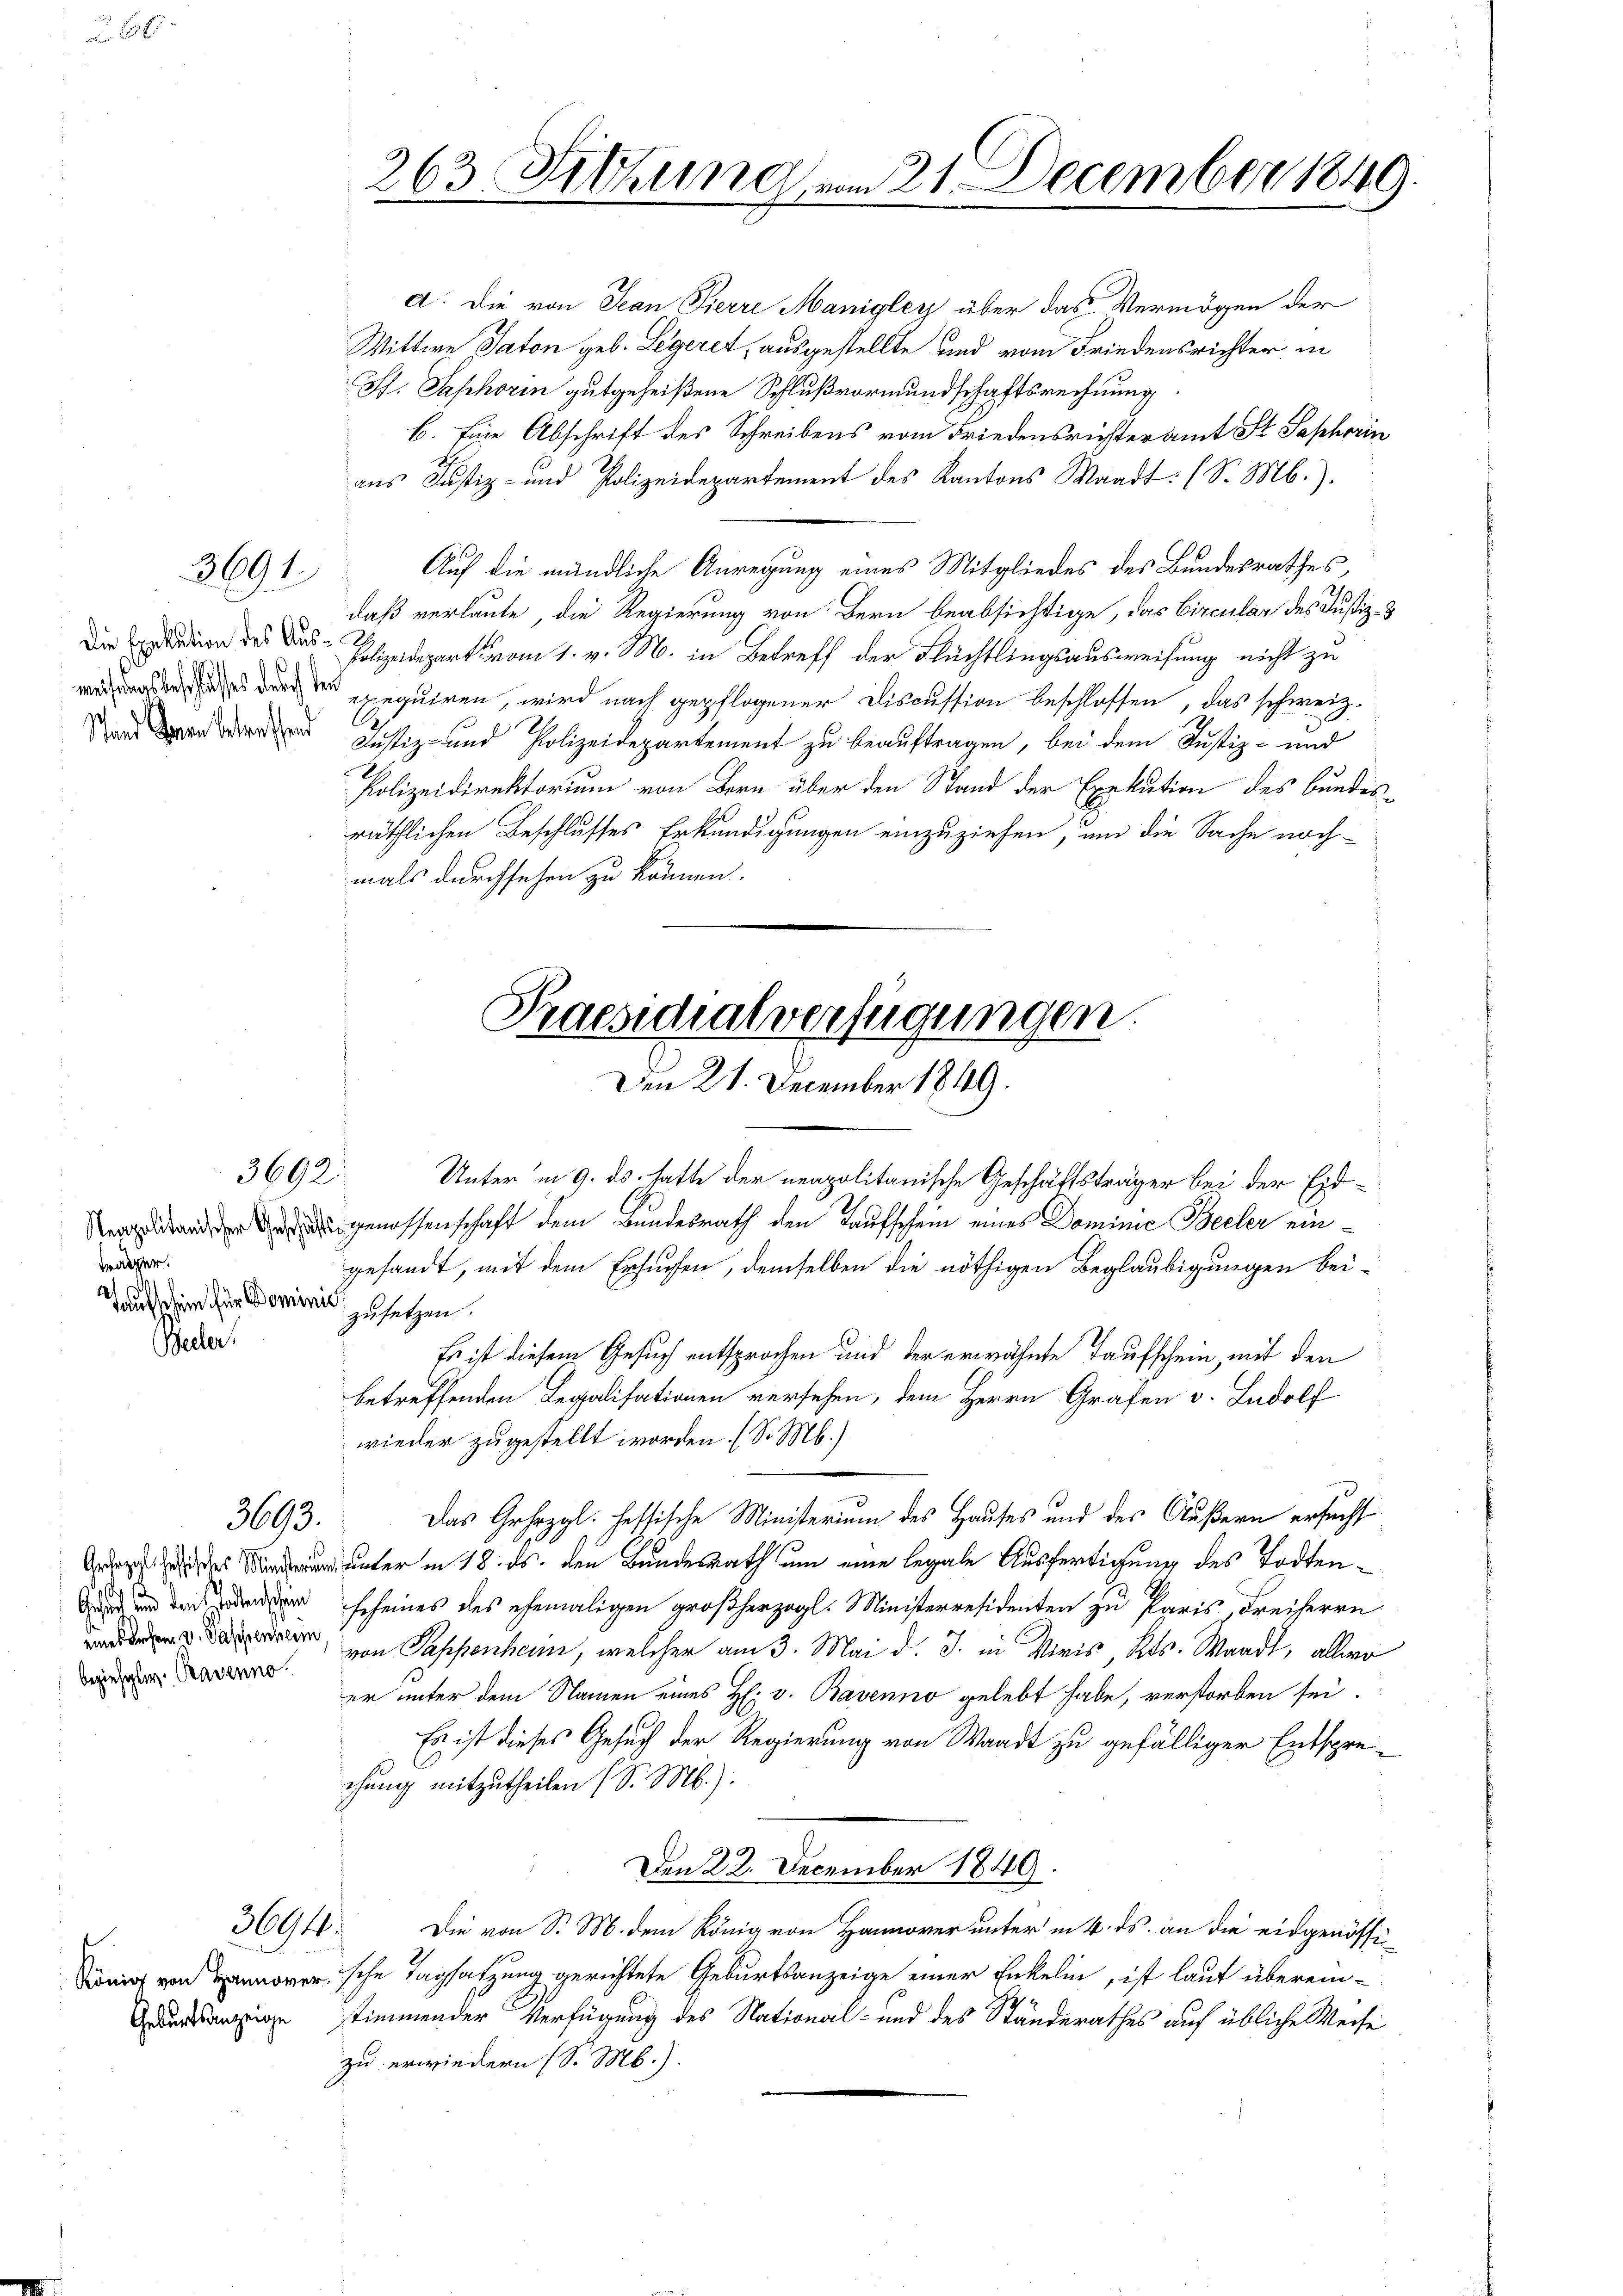
Stand denen betreffend

s

träder.
Tautschein für Dominis, setzen.

Becker.

3691

3693.

Gesich und den Bodenschein
bezieht. Ravenno

3694.

Geburtsanzeige

d. Die von Jean Pierre Manigley über das Vermögen der
Wittwe Saton geb. Legeret, ausgestellte sind vom Friedensrichter, in
Pf. Saphorin gutgeheißene Schlußvormundschaftsrechnung
b. Eine Abschrift des Schreibens vom Friedensrichteramt St. Saphorin
aus Justiz- und Polizeidepartement des Kantons Waadt: (S. M.).
Auf die mündliche Anregung eines Mitgliedes des Bundesrathes,
daß verlaute, die Regierung von Bern beabsichtige, das Circular des Justiz- &
Die Erden des Das Polizeidepart vom 1. v. M. in Betreff der Flüchtlingsausweisung nicht zu
wunden durch der gequiren, wird nach gepflogener Discussion beschlossen, das schweiz.
Justiz- und Polizeidepartement zu beauftragen, bei dem Justiz- und
Polizeidirektorium von Bern über den Stand der Exekution des Bundesräthlichen Beschlusses Erkundigungen einzuziehen, um die Sache nachmals durchsehen zu können.

263. Sitzung vom 21. December 1849.

Praesidialverfügungen.
Den 21. December 1849.

3692 Unterm 9. ds. hatte der neapolitanische Geschäftsträger bei der Eidgenossenschaft dem Bundesrath den Kaufschein eines Dominie Beeler eingesandt, mit dem Ersuchen, demselben die nöthigen Beglaubigungen bei¬
Es ist diesem Gesuch entsprochen und der erwähnte Taufschein, mit den
betreffenden Legalisationen versehen, dem Herrn Grafen v. Ludolf
wieder zugestellt worden (S. M.)
Das Gehezgl. fessische Ministerium des Hauses und des Äußern ersucht
 18. ds. den Bundesrath um eine legale Ausfertigung des Todtenscheines des ehemaligen großherzogl. Ministerresidenten zu Paris, Freiherrn
er, von Passenheim, welcher am 3. Mai d. J. in Viris, Kts. Waadt, allwo
er unter dem Namen eines H: v. Bavenno gelebt habe, verstorben sei.
Es ist dieses Gesuch der Regierung von Waadt zu gefälliger Entsprechung mitzutheilen (S. M.).
Den 22. December 1849.
Die von S. M. dem König von Hannover unter in 4. ds. an die eidgenössinig von Banoversche Tagsatzung gerichtete Geburtsanzeige einer Enkelin, ist laut überein-
stimmender Verfügung des National- und des Ständerathes auf übliche Weise
zu erwiedern (S. M.)